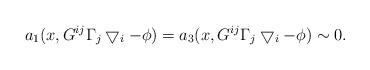
LaTeX: \begin{align*}a_1(x, G^{ij}\Gamma_j\bigtriangledown_i -\phi)=a_3(x, G^{ij}\Gamma_j\bigtriangledown_i -\phi) \sim0.\end{align*}